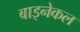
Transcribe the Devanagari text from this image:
बाइनेकल